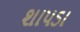
શાપડા